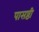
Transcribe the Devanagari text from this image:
पासष्ठी